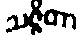
သဇ္ဇိတာ